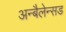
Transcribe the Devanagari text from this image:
अन्बैलेन्सड